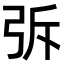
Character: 𭚪